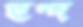
ছন্দ